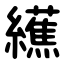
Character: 䌭